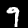
Digit: 9